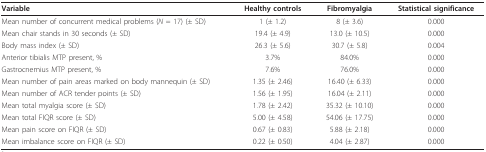
| Variable | Healthy controls | Fibromyalgia | Statistical significance |
 | --- | --- | --- | --- |
 | Mean number of concurrent medical problems (N = 17) (± SD) | 1 (± 1.2) | 8 (± 3.6) | 0.000 |
 | Mean chair stands in 30 seconds (± SD) | 19.4 (± 4.9) | 13.0 (± 10.5) | 0.000 |
 | Body mass index (± SD) | 26.3 (± 5.6) | 30.7 (± 5.8) | 0.004 |
 | Anterior tibialis MTP present, % | 3.7% | 84.0% | 0.000 |
 | Gastrocnemius MTP present, % | 7.6% | 76.0% | 0.000 |
 | Mean number of pain areas marked on body mannequin (± SD) | 1.35 (± 2.46) | 16.40 (± 6.33) | 0.000 |
 | Mean number of ACR tender points (± SD) | 1.56 (± 1.95) | 16.04 (± 2.11) | 0.000 |
 | Mean total myalgia score (± SD) | 1.78 (± 2.42) | 35.32 (± 10.10) | 0.000 |
 | Mean total FIQR score (± SD) | 5.00 (± 4.58) | 54.06 (± 17.75) | 0.000 |
 | Mean pain score on FIQR (± SD) | 0.67 (± 0.83) | 5.88 (± 2.18) | 0.000 |
 | Mean imbalance score on FIQR (± SD) | 0.22 (± 0.50) | 4.04 (± 2.87) | 0.000 |